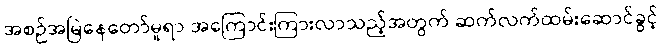
အစဉ်အမြဲနေတော်မူရာ အကြောင်းကြားလာသည့်အတွက် ဆက်လက်ထမ်းဆောင်ခွင့်